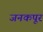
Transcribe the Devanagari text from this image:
जनकपूर